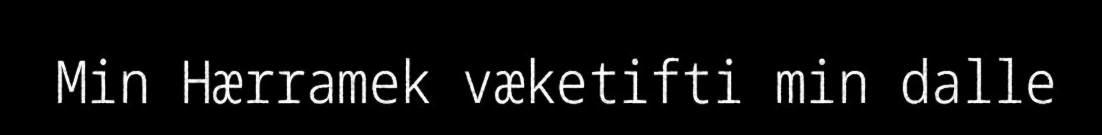
Min Hærramek væketifti min dalle